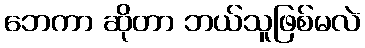
ဘေကာ ဆိုတာ ဘယ်သူဖြစ်မလဲ